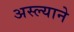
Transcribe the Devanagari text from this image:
अस्ल्याने